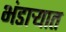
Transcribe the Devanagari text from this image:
भंडाऱ्यात